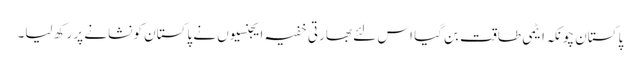
پاکستان چونکہ ایٹمی طاقت بن گیا اس لئے بھارتی خفیہ ایجنسیوں نے پاکستان کو نشانے پر رکھ لیا۔